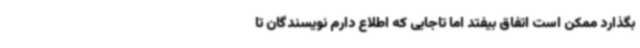
بگذارد ممکن است اتفاق بیفتد اما تاجایی که اطلاع دارم نویسندگان تا